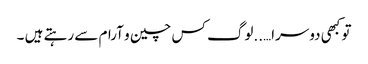
تو کبھی دوسرا…..لوگ کس چین و آرام سے رہتے ہیں ۔